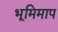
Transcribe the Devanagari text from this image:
भूमिमाप